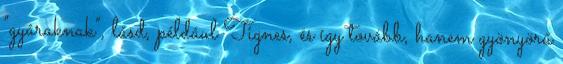
"gyáraknak", lásd, például Tignes, és így tovább, hanem gyönyörű